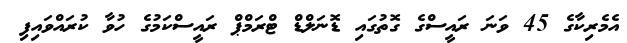
އެމެރިކާގެ 45 ވަނަ ރައީސްގެ ގޮތުގައި ޑޮނަލްޑް ޓްރަމްޕް ރައީސްކަމުގެ ހުވާ ކުރައްވައިފި